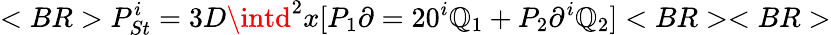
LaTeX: <BR>P_{St}^{i}=3D\intd^{2}x[P_{1}\partial=20^{i}\mathbb{Q}_{1}+P_{2}\partial^{i}\mathbb{Q}_{2}]<BR><BR>